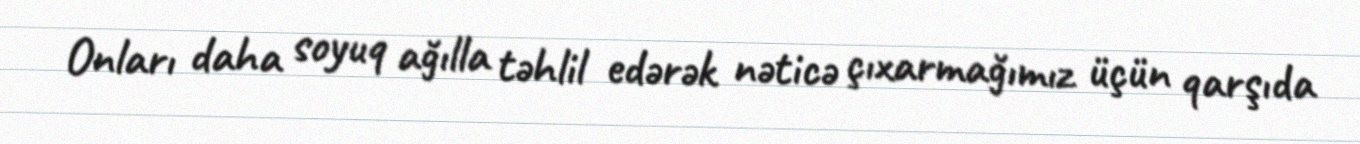
Onları daha soyuq ağılla təhlil edərək nəticə çıxarmağımız üçün qarşıda